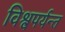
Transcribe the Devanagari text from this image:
विश्वपर्यन्त